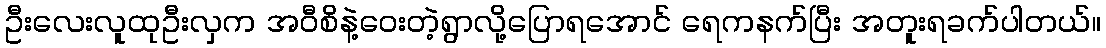
ဦးလေးလူထုဦးလှက အဝီစိနဲ့ဝေးတဲ့ရွာလို့ပြောရအောင် ရေကနက်ပြီး အတူးရခက်ပါတယ်။